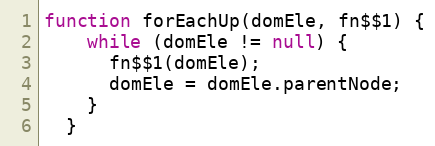
Language: JavaScript
function forEachUp(domEle, fn$$1) {
    while (domEle != null) {
      fn$$1(domEle);
      domEle = domEle.parentNode;
    }
  }